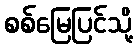
စစ်မြေပြင်သို့